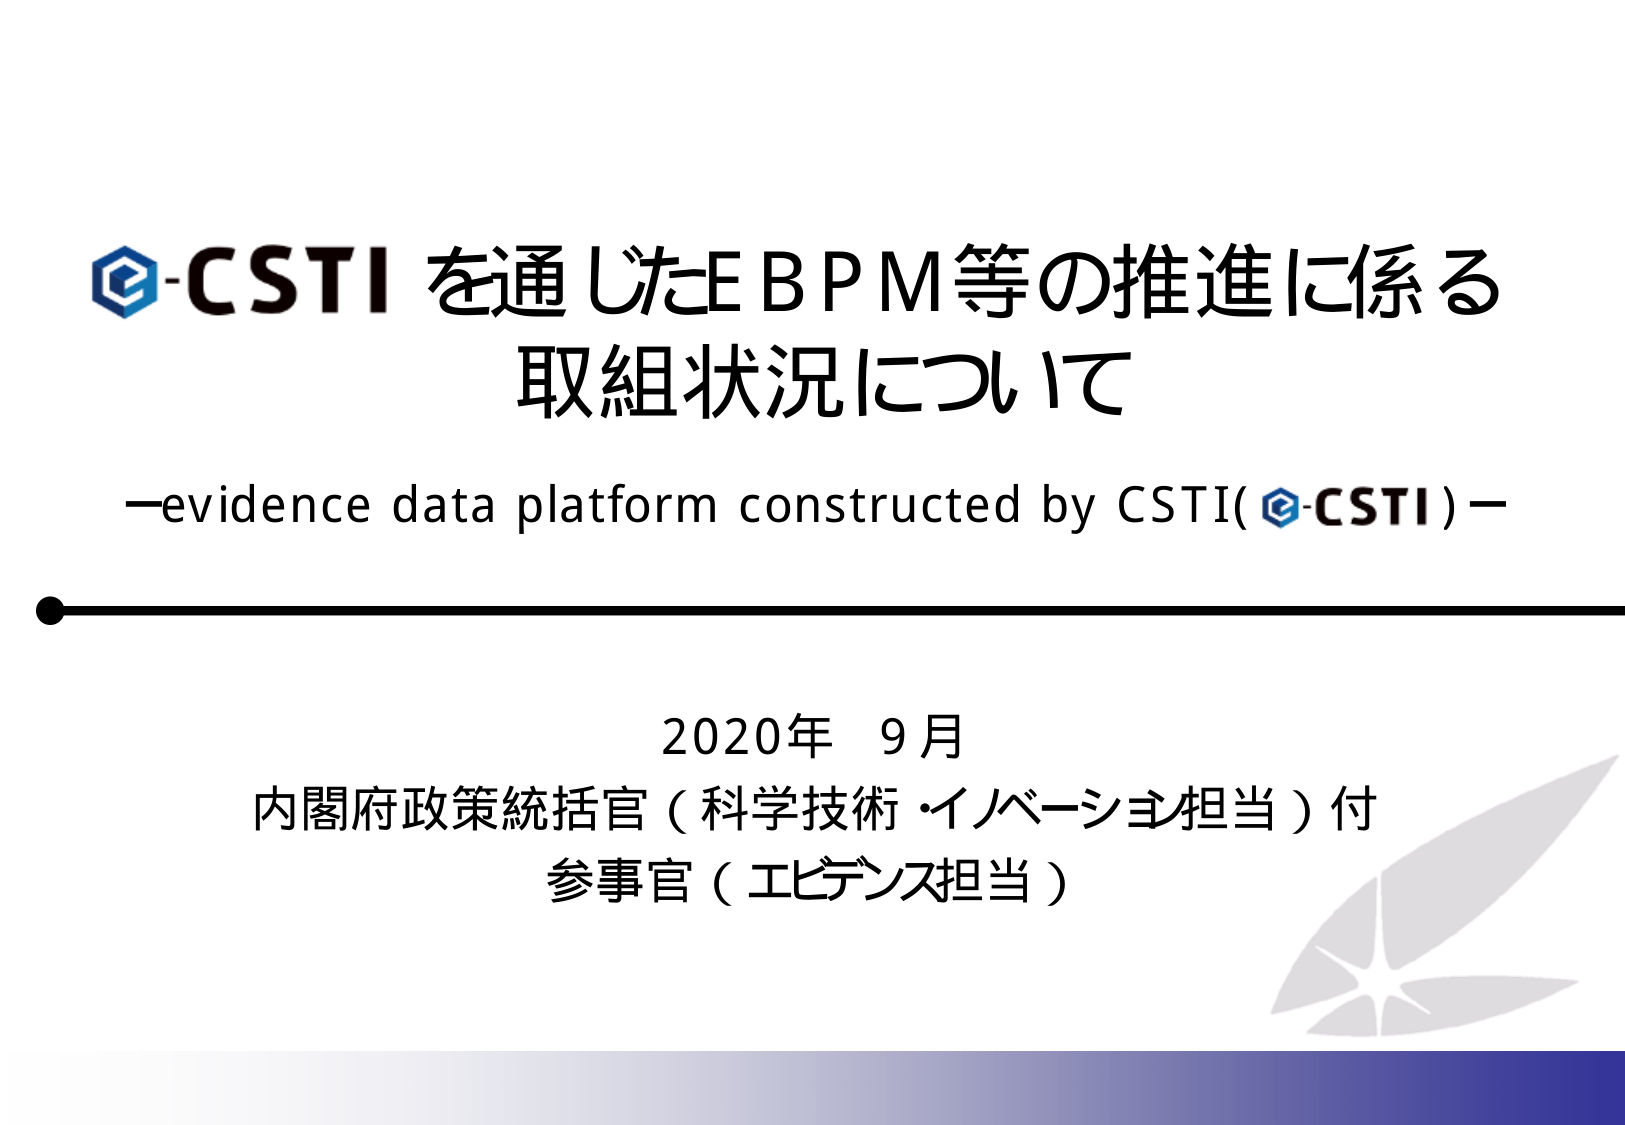
e-CSTI を通じたEBPM等の推進に係る
取組状況について
—evidence data platform constructed by CSTI( e-CSTI )—
2020年 9月
内閣府政策統括官（科学技術・イノベーション担当）付
参事官（エビデンス担当）